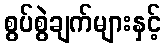
စွပ်စွဲချက်များနှင့်